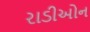
રાડીઓન